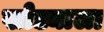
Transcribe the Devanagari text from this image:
खोड्याला